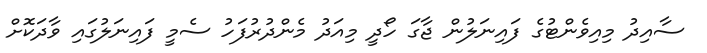
ސާއިދު މިއިވެންޓުގެ ފައިނަލުން ޖާގަ ހޯދީ މިއަދު މެންދުރުފަހު ސެމީ ފައިނަލުގައި ވާދަކޮށް